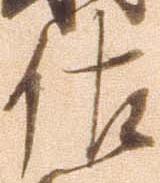
佐